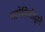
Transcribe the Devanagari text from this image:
नाणेनिधीद्वारे